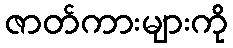
ဇာတ်ကားများကို